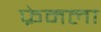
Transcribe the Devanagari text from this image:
फ्रेमला